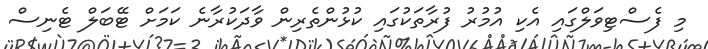
މި ފެސްޓިވަލްގައި އެކި އުމުރު ފުރާތަކުގައި ކުޅުންތެރިން ވާދަކުރާނެ ކަމަށް ޓޭބަލް ޓެނިސް